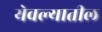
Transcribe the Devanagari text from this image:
येवल्यातील